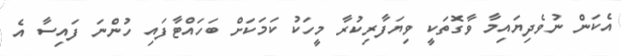
އެކަން ނުވެދިޔައިމާ ވާގޮތަކީ ވިޔަފާރިކުރާ މީހަކު ކަމަކަށް ބަހައްޓާފައި ހުންނަ ފައިސާ އެ